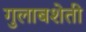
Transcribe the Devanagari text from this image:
गुलाबशेती